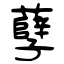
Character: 孽